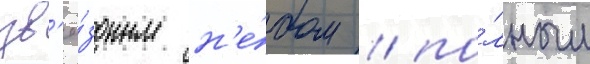
зв'ё́здным н'е́бом / по́лным